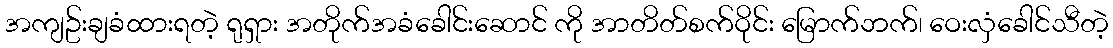
အကျဥ်းချခံထားရတဲ့ ရုရှား အတိုက်အခံခေါင်းဆောင် ကို အာတိတ်စက်ဝိုင်း မြောက်ဘက်၊ ဝေးလှံခေါင်သီတဲ့